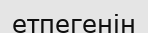
етпегенін